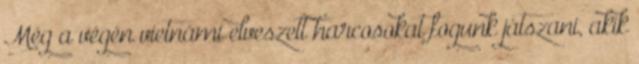
Még a végén vietnámi elveszett harcosokat fogunk játszani, akik